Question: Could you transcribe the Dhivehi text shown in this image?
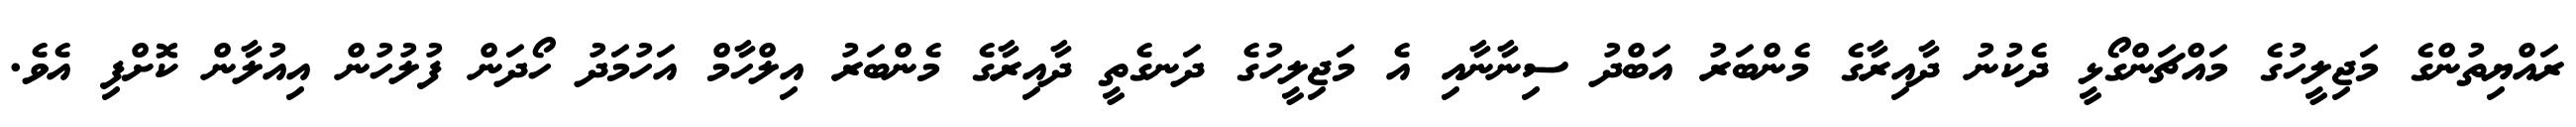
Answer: ރައްޔިތުންގެ މަޖިލީހުގެ މައްޗަންގޯޅީ ދެކުނު ދާއިރާގެ މެންބަރު އަބްދު ސިނާނާއި އެ މަޖިލީހުގެ ދަނގެތީ ދާއިރާގެ މެންބަރު އިލްހާމް އަހުމަދު ހޯދަން ފުލުހުން އިއުލާން ކޮށްފި އެވެ.